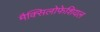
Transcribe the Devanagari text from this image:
मैक्सिलोफेशियल